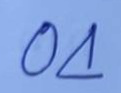
04